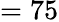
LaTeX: =75